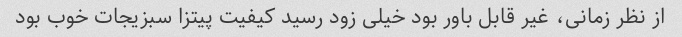
از نظر زمانی، غیر قابل باور بود خیلی زود رسید کیفیت پیتزا سبزیجات خوب بود